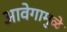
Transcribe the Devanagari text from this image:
आवेगामुळे